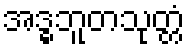
အဒ္ဓဘူတသုတ္တံ